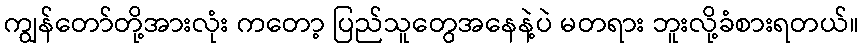
ကျွန်တော်တို့အားလုံး ကတော့ ပြည်သူတွေအနေနဲ့ပဲ မတရား ဘူးလို့ခံစားရတယ်။